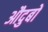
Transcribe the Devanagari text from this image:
औदुबों